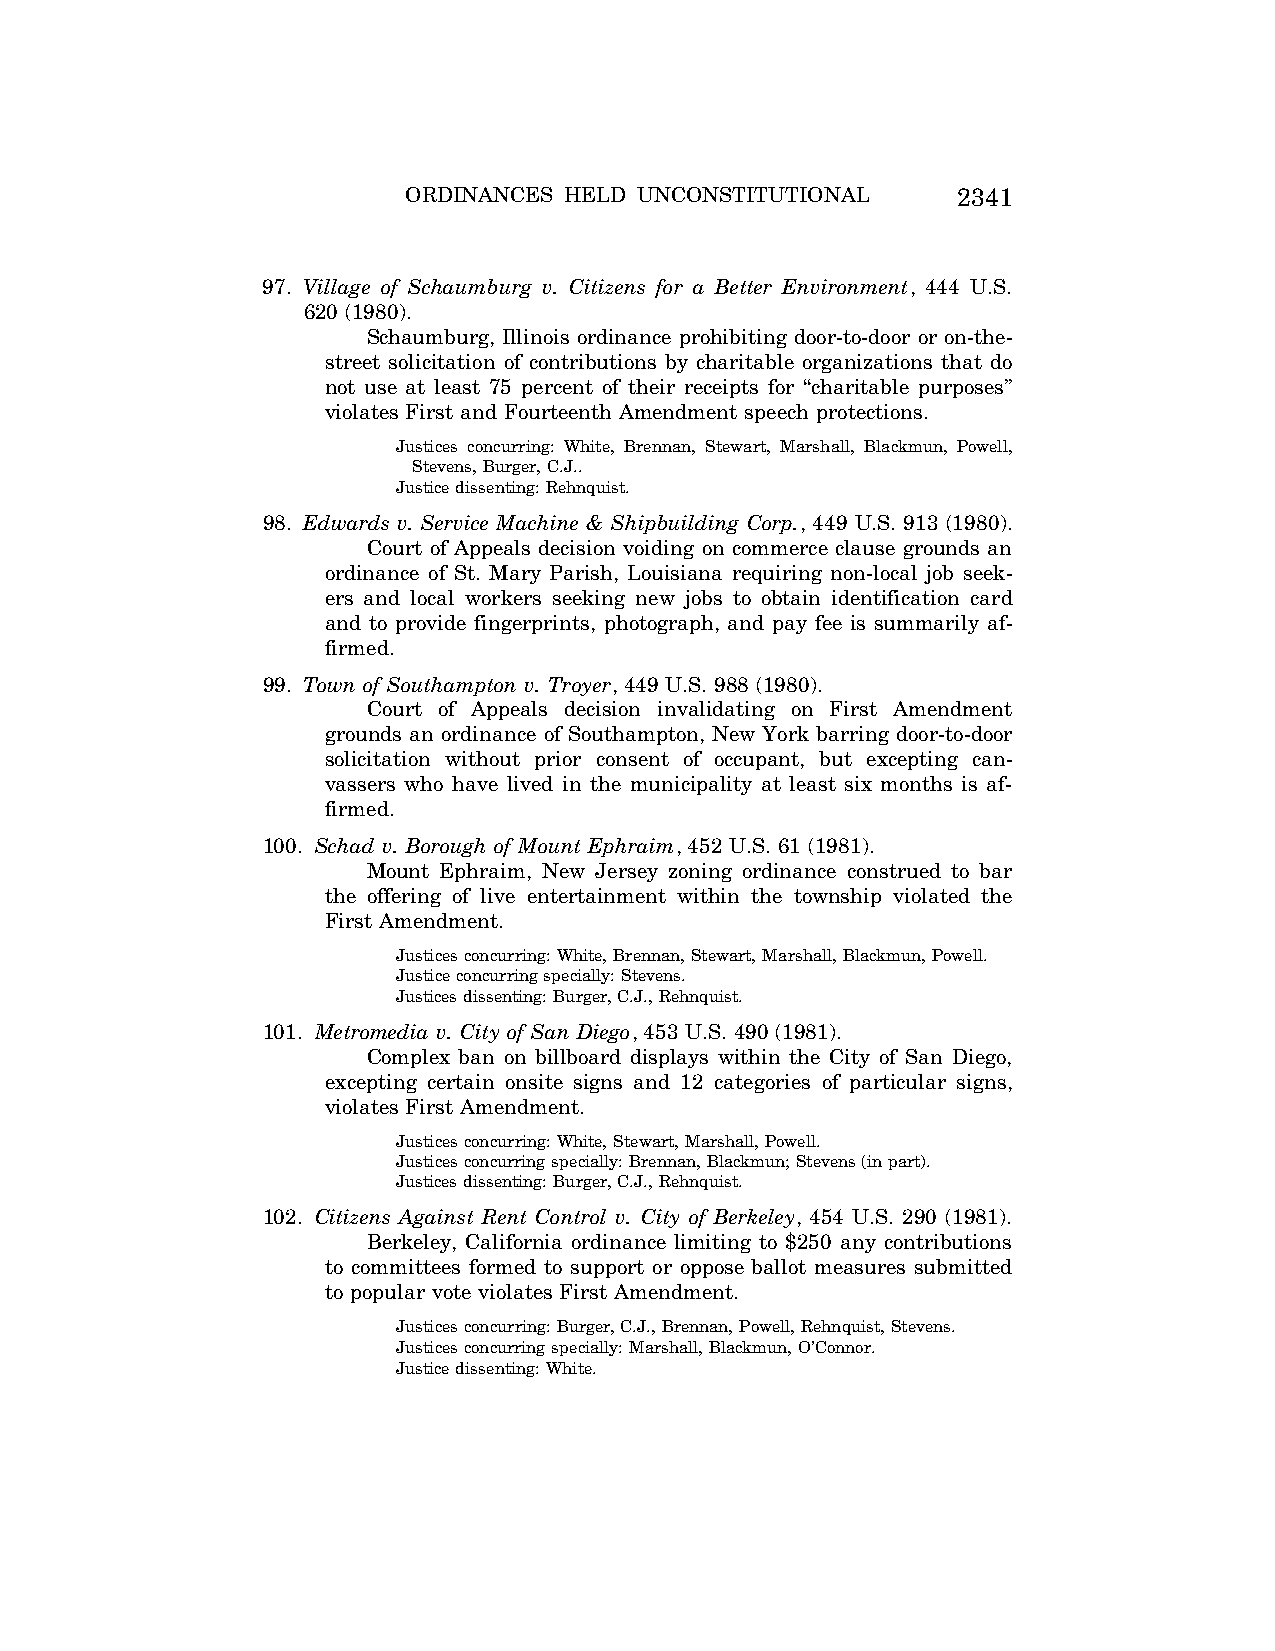
ORDINANCES HELD UNCONSTITUTIONAL    2341
 97. Village of Schaumburg v. Citizens for a Better Environment, 444 U.S.
 620 (1980).
 Schaumburg, Illinois ordinance prohibiting door-to-door or on-the-
 street solicitation of contributions by charitable organizations that do
 not use at least 75 percent of their receipts for ‘‘charitable purposes’’
 violates First and Fourteenth Amendment speech protections.
 Justices concurring: White, Brennan, Stewart, Marshall, Blackmun, Powell,
 Stevens, Burger, C.J..
 Justice dissenting: Rehnquist.
 98. Edwards v. Service Machine & Shipbuilding Corp., 449 U.S. 913 (1980).
 Court of Appeals decision voiding on commerce clause grounds an
 ordinance of St. Mary Parish, Louisiana requiring non-local job seek-
 ers and local workers seeking new jobs to obtain identification card
 and to provide fingerprints, photograph, and pay fee is summarily af-
 firmed.
 99. Town of Southampton v. Troyer, 449 U.S. 988 (1980).
 Court of Appeals decision invalidating on First Amendment
 grounds an ordinance of Southampton, New York barring door-to-door
 solicitation without prior consent of occupant, but excepting can-
 vassers who have lived in the municipality at least six months is af-
 firmed.
 100. Schad v. Borough of Mount Ephraim, 452 U.S. 61 (1981).
 Mount Ephraim, New Jersey zoning ordinance construed to bar
 the offering of live entertainment within the township violated the
 First Amendment.
 Justices concurring: White, Brennan, Stewart, Marshall, Blackmun, Powell.
 Justice concurring specially: Stevens.
 Justices dissenting: Burger, C.J., Rehnquist.
 101. Metromedia v. City of San Diego, 453 U.S. 490 (1981).
 Complex ban on billboard displays within the City of San Diego,
 excepting certain onsite signs and 12 categories of particular signs,
 violates First Amendment.
 Justices concurring: White, Stewart, Marshall, Powell.
 Justices concurring specially: Brennan, Blackmun; Stevens (in part).
 Justices dissenting: Burger, C.J., Rehnquist.
 102. Citizens Against Rent Control v. City of Berkeley, 454 U.S. 290 (1981).
 Berkeley, California ordinance limiting to $250 any contributions
 to committees formed to support or oppose ballot measures submitted
 to popular vote violates First Amendment.
 Justices concurring: Burger, C.J., Brennan, Powell, Rehnquist, Stevens.
 Justices concurring specially: Marshall, Blackmun, O’Connor.
 Justice dissenting: White.
 VerDate Aug<04>2004 12:58 Aug 23, 2004 Jkt 077500 PO 00000 Frm 00018 Fmt 8222 Sfmt 8222 C:\CONAN\CON065.SGM PRFM99 PsN: CON065